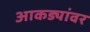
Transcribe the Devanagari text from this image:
आकड्यांवर